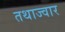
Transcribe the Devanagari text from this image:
तथाज्वार